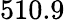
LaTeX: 510.9